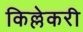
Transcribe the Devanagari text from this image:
किल्लेकरी